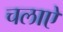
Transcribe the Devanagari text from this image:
चलाऐ